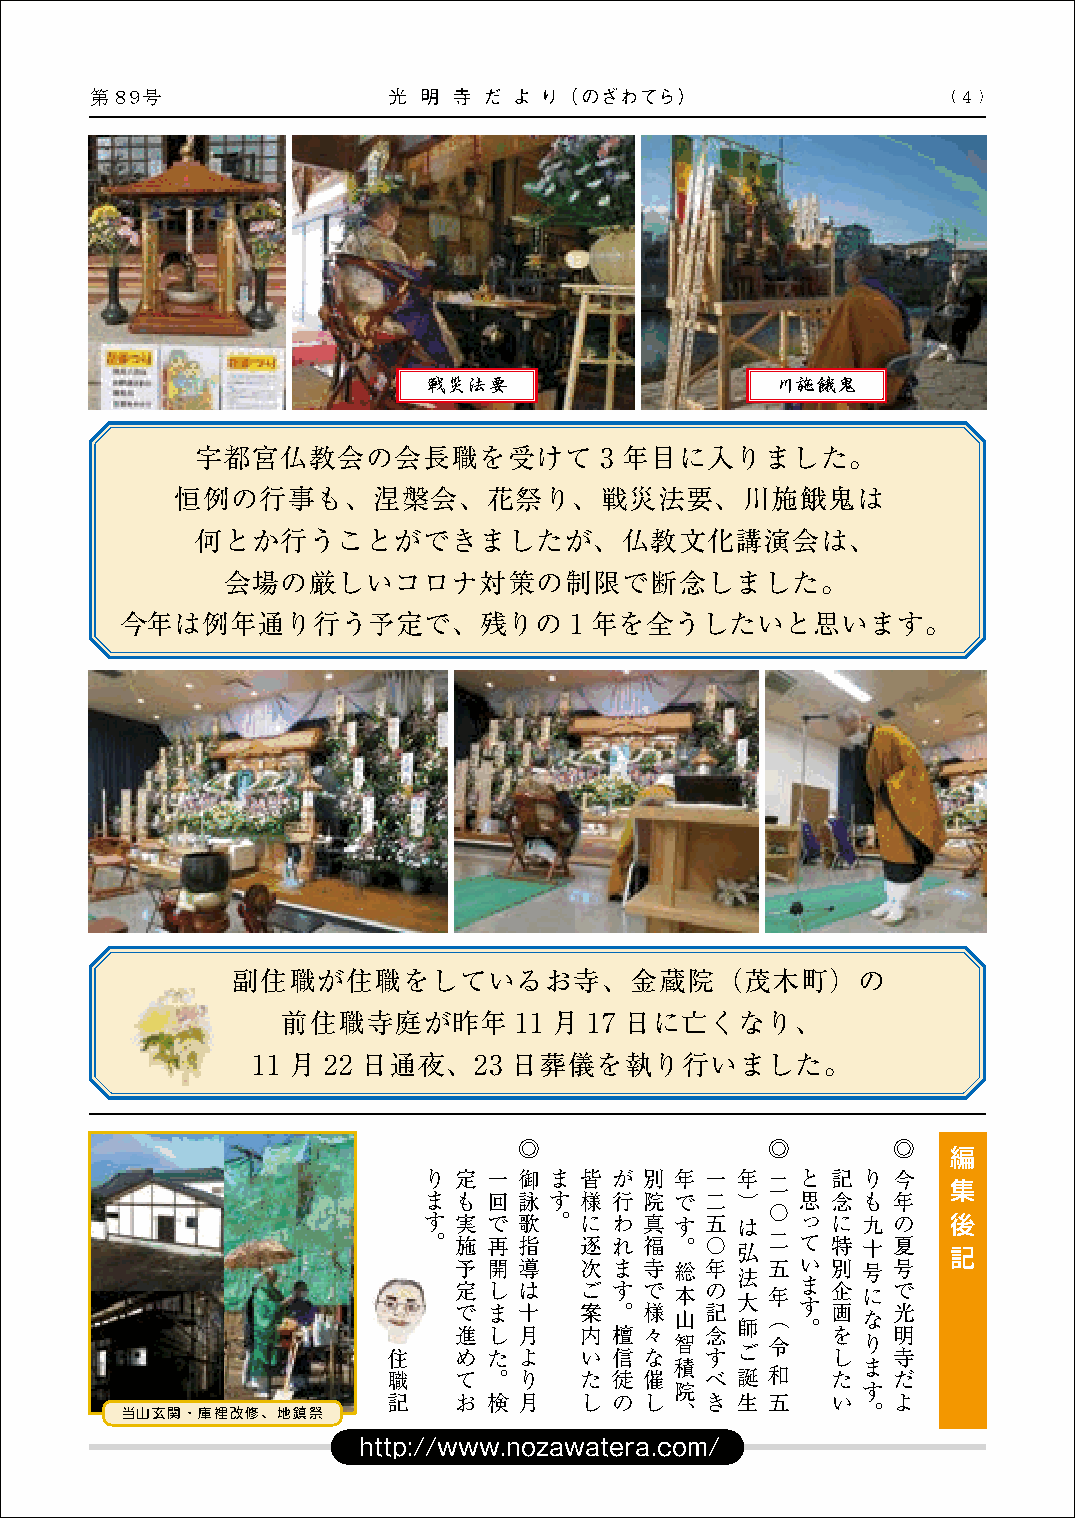
第８９ 号                                                     4
 戦災法要                   川施餓鬼
 宇都宮仏教会の会長職を受けて             3 年目に入りました。
 恒例の行事も、涅槃会、花祭り、戦災法要、川施餓鬼は
 何とか行うことができましたが、仏教文化講演会は、
 会場の厳しいコロナ対策の制限で断念しました。
 今年は例年通り行う予定で、残りの              1 年を全うしたいと思います。
 副住職が住職をしているお寺、金蔵院（茂木町）の
 前住職寺庭が昨年       11 月 17 日に亡くなり、
 11 月 22 日通夜、23   日葬儀を執り行いました。
 ◎                ◎       ◎
 編
 り 定 一 御 ま 皆 が  別 年 一 年 二 と 記 り 今   集
 ま も 回 詠 す 様 行  院 で 二 ）   思 念 も 年
 〇
 す 実 で 歌 。 に わ  真 す 五 は   っ に 九 の   後
 。 施 再 指   逐 れ  福 。 〇 弘 二 て 特 十 夏   記
 予 開 導   次 ま  寺 総 年 法 五 い 別 号 号
 定 で し ま は 十 ご 案 す 。 で 様 本 山 の 記 大 年 （ ま す 企 画 に な で 光
 師   。
 進 し 月   内 檀  々   念       を   明
 智     令     り
 住   め た よ   い 信  な   す ご     し   寺
 職   て 。 り   た 徒  催 積 べ 誕 和   た ま だ
 院           す
 記   お 検 月   し の  し   き 生 五   い   よ
 、           。
 当山玄関・庫裡改修、地鎮祭
 http://www.nozawatera.com/